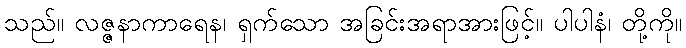
သည်။ လဇ္ဇနာကာရေန၊ ရှက်သော အခြင်းအရာအားဖြင့်။ ပါပါနံ၊ တို့ကို။